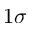
1 \sigma